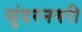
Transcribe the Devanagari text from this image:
सुंदरनगरी